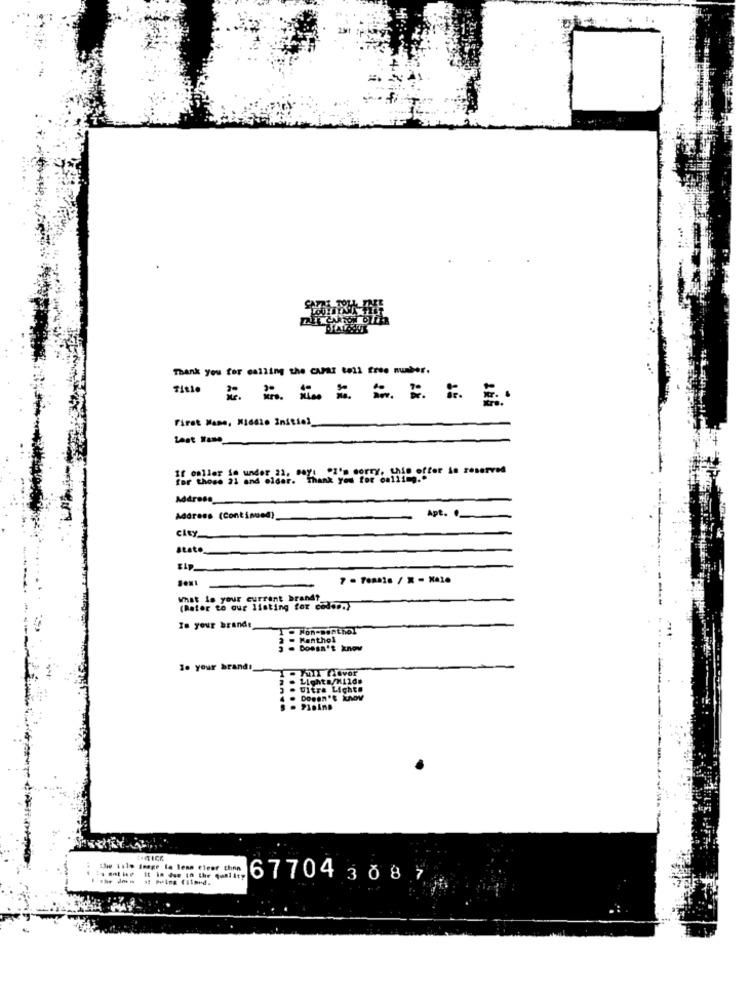
Thank you for calling the caPar toll free number.
===== =====
First Name, Midaio Initial
Last Name_
toeller se under, al, Perl "I'm sorry. LMo offer in reserved
Address_
Address (Continued)
Apt ._
city
Kip
(Bater to our listing for cados.}
Is your brande
. Non-menthol
Panthol
. DOwan't know
1. your brand!
- Full flavor
Lighta/H1lds
Ultra Light!
Doesn't know
Plaina
67704 3087